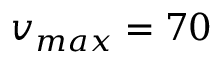
v _ { m a x } = 7 0